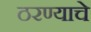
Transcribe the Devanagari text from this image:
ठरण्याचे